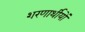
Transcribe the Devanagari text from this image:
शरणार्थीयों